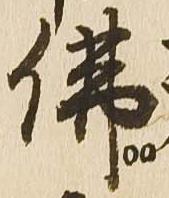
仏